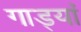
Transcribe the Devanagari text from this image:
गाड्यां